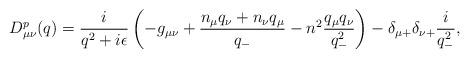
LaTeX: \begin{align*}D^p_{{\mu}{\nu}}(q)=\frac{i}{q^2+i{\epsilon}} \left( -g_{{\mu}{\nu}}+\frac{n_{\mu}q_{\nu}+n_{\nu}q_{\mu}}{q_-}-n^2\frac{q_{\mu}q_{\nu}}{q_-^2 } \right)-{\delta}_{{\mu}+}{\delta}_{{\nu}+}\frac{i}{q_-^2}, \end{align*}